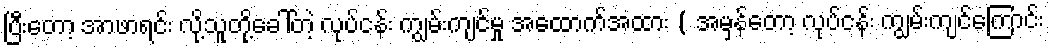
ပြီးတော့ အာဖာရင်း လို့သူတို့ခေါ်တဲ့ လုပ်ငန်း ကျွမ်းကျင်မှု အထောက်အထား ( အမှန်တော့ လုပ်ငန်း ကျွမ်းကျင်ကြောင်း